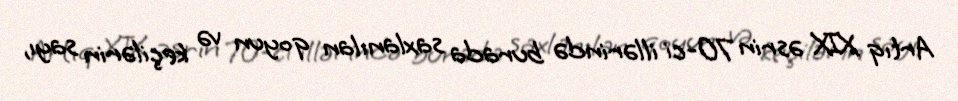
Artıq XIX əsrin 70-ci illərində burada saxlanılan qoyun və keçilərin sayı,